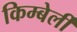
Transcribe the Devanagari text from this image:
किम्बेर्ली